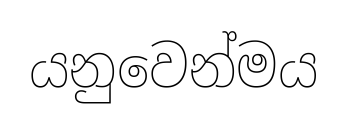
යනුවෙන්මය